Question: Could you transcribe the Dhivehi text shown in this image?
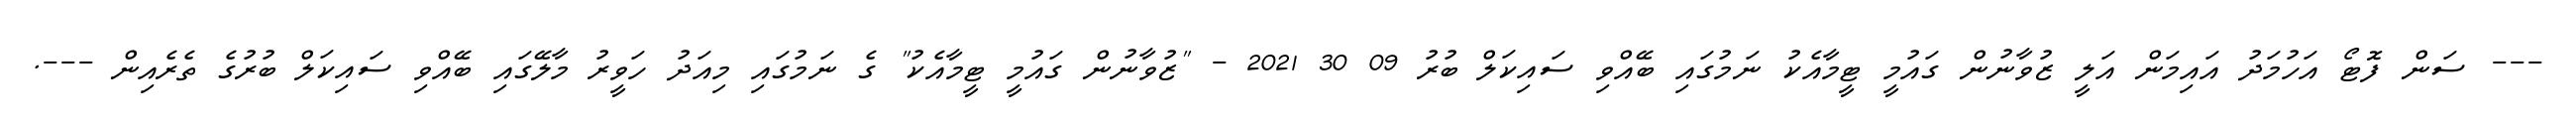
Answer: --- ސަން ފޮޓޯ އަހުމަދު އައިމަން އަލީ ޒުވާނުން ގައުމީ ޓީމާއެކު ނަމުގައި ބޭއްވި ސައިކަލް ބުރު 09 30 2021 - "ޒުވާނުން ގައުމީ ޓީމާއެކު" ގެ ނަމުގައި މިއަދު ހަވީރު މާލޭގައި ބޭއްވި ސައިކަލް ބުރުގެ ތެރެއިން ---.